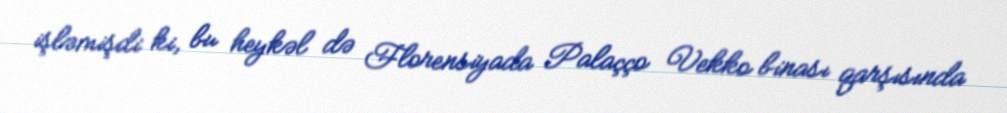
işləmişdi ki, bu heykəl də Florensiyada Palaçço Vekko binası qarşısında